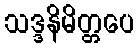
သဒ္ဒနိမိတ္တပေ